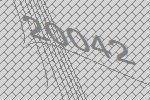
20042